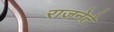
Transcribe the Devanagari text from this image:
राजनेते